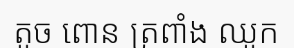
តូច ពោន ត្រពាំង ឈូក